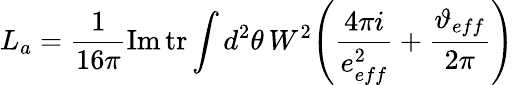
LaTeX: L_{a}=\frac{1}{16\pi}\mathrm{Im}\, \mathrm{tr}\int d^{2}\theta\, W^{2}\Bigg(\frac{4\pi i}{e_{eff}^{2}}+\frac{\vartheta_{eff}}{2\pi}\Bigg)